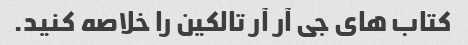
کتاب های جی آر آر تالکین را خلاصه کنید.